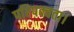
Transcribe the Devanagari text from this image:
परिपक्वता।